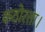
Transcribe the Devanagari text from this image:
कठोरता।